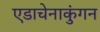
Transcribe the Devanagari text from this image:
एडाचेनाकुंगन